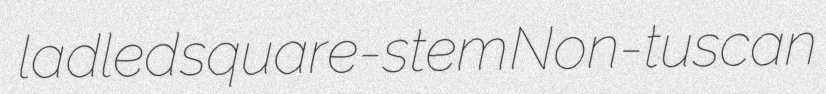
ladled square-stem Non-tuscan